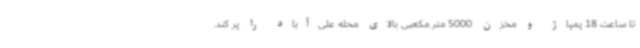
تا ساعت 18 پمپاژ و مخزن 5000 متر مکعبی بالای محله علی‌آباد را پر کند.